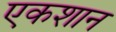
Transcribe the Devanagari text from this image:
एकशान